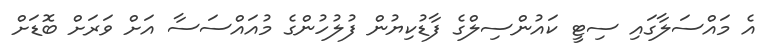
އެ މައްސަލާގައި ސިޓީ ކައުންސިލްގެ ފާޑުކިޔުން ފުލުހުންގެ މުއައްސަސާ އަށް ވަރަށް ބޮޑަށް